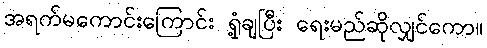
အရက်မကောင်းကြောင်း ရှုံ့ချပြီး ရေးမည်ဆိုလျှင်ကော။